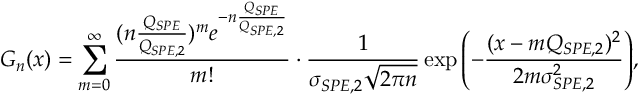
G _ { n } ( x ) = \sum _ { m = 0 } ^ { \infty } \frac { ( n \frac { Q _ { S P E } } { Q _ { S P E , 2 } } ) ^ { m } e ^ { - n \frac { Q _ { S P E } } { Q _ { S P E , 2 } } } } { m ! } \cdot \frac { 1 } { \sigma _ { S P E , 2 } \sqrt { 2 \pi n } } \exp { \left( - \frac { ( x - m Q _ { S P E , 2 } ) ^ { 2 } } { 2 m \sigma _ { S P E , 2 } ^ { 2 } } \right) } ,